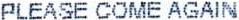
PLEASE COME AGAIN